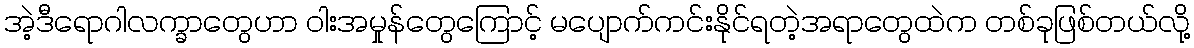
အဲ့ဒီရောဂါလက္ခာတွေဟာ ဝါးအမှုန်တွေကြောင့် မပျောက်ကင်းနိုင်ရတဲ့အရာတွေထဲက တစ်ခုဖြစ်တယ်လို့